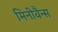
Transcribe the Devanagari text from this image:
मिनीवैन्स